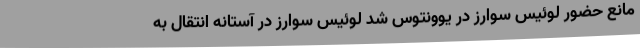
مانع حضور لوئیس سوارز در یوونتوس شد لوئیس سوارز در آستانه انتقال به